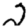
Digit: 2